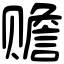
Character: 赡